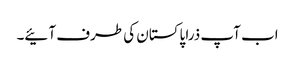
اب آپ ذرا پاکستان کی طرف آئیے۔